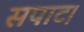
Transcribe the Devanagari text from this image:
सपाट।